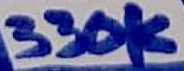
Text: 330K